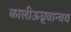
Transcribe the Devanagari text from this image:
कालीऊध्र्वान्वय